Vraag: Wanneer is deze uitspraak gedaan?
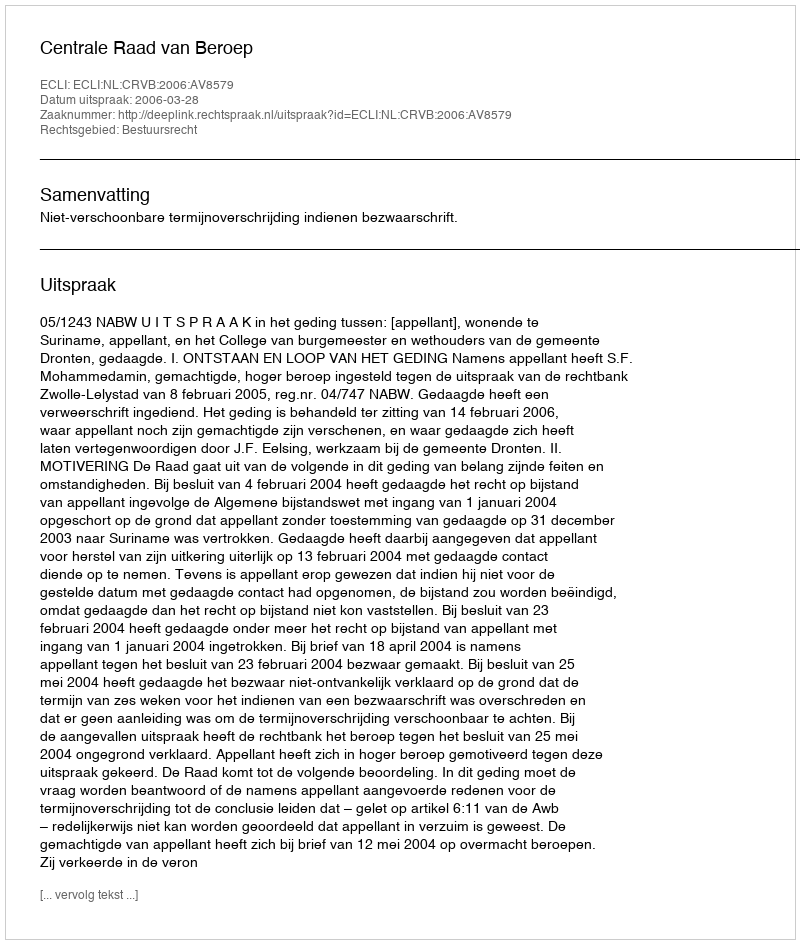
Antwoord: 2006-03-28